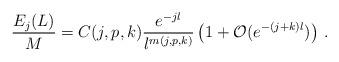
LaTeX: \begin{align*}\frac{E_j(L)}{M}=C(j,p,k)\frac{e^{-jl}}{l^{m(j,p,k)}}\left( 1+{\mathcal{O}}(e^{-(j+k)l})\right)\,.\end{align*}